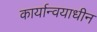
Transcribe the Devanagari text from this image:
कार्यान्वयाधीन